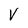
Character: V